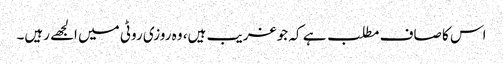
اس کا صاف مطلب ہے کہ جو غریب ہیں، وہ روزی روٹی میں الجھے رہیں۔